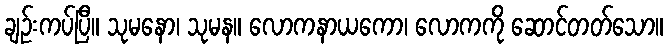
ချဉ်းကပ်ပြီ။ သုမနော၊ သုမန။ လောကနာယကော၊ လောကကို ဆောင်တတ်သော။